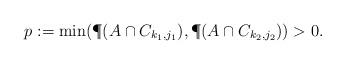
LaTeX: \begin{align*}&p := \min(\P(A \cap C_{k_1,j_1} ) , \P(A \cap C_{k_2,j_2} )) >0.\end{align*}